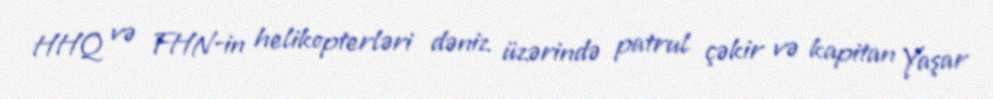
HHQ və FHN-in helikopterləri dəniz üzərində patrul çəkir və kapitan Yaşar